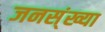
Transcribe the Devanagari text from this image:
जनस्ंख्या